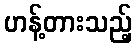
ဟန့်တားသည့်